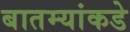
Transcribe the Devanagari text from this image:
बातम्यांकडे